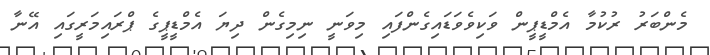
މެންބަރު ރުކުމާ އެމްޑީޕީން ވަކިވެވަޑައިގެންފައި މިވަނީ ނިމިގެން ދިޔަ އެމްޑީޕީގެ ޕްރައިމަރީގައި އޭނާ